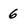
Character: 6